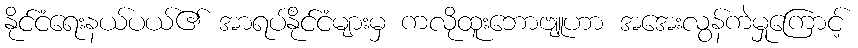
နိုင်ငံရေးနယ်ပယ်၏ အာရပ်နိုင်ငံများမှ ကလိုထူးဘောဗျူဟာ အအေးလွန်ကဲမှုကြောင့်